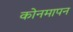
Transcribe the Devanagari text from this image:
कोनमापन